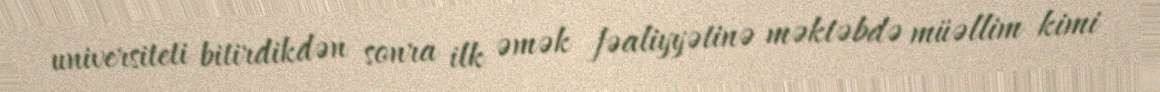
universiteti bitirdikdən sonra ilk əmək fəaliyyətinə məktəbdə müəllim kimi